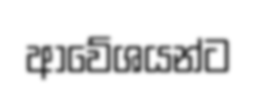
ආවේශයන්ට